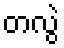
တလွဲ